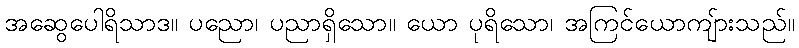
အဆွေပေါရိသာဒ။ ပညော၊ ပညာရှိသော။ ယော ပုရိသော၊ အကြင်ယောကျ်ားသည်။